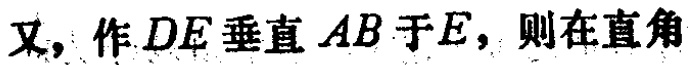
又，作 \(DE\) 垂直 \(AB\) 于 \(E\)，则在直角